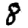
Digit: 8